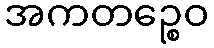
အကတဉ္စေဝ